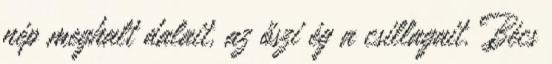
nép meghalt dalait, az őszi ég a csillagait. Bécs